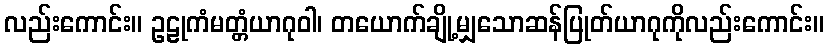
လည်းကောင်း။ ဥဠုကံမတ္တံယာဂုဝါ၊ တယောက်ချို့မျှသောဆန်ပြုတ်ယာဂုကိုလည်းကောင်း။